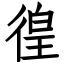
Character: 徨